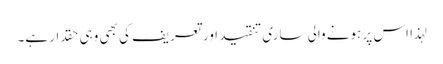
لہذا اس پر ہونے والی ساری تنقید اور تعریف کی بھی وہی حقدار ہے۔